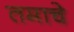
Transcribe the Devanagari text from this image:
तमाचे